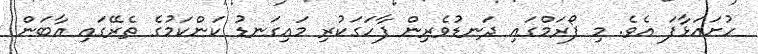
ހުށައަޅާފަ އެވެ. މި ފޯރަމްގައި ދަނޑުވެރިން ފާހަގަކުރި މައިގަނޑު ކަންކަމުގެ ތެރޭގައި އާބަން